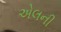
એલની